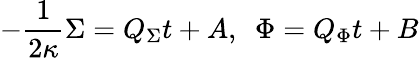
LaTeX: -{\frac{1}{2\kappa}}\Sigma=Q_{\Sigma}t+A,\, \, \, \Phi=Q_{\Phi}t+B